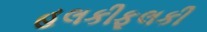
હલકીફૂલકી